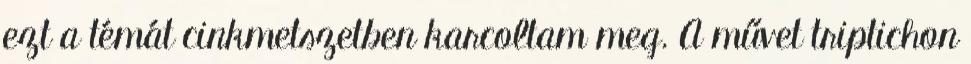
ezt a témát cinkmetszetben karcoltam meg. A művet triptichon